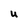
Character: U